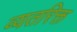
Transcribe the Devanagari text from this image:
व्यतरिक्त